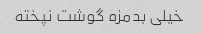
خیلی بدمزه گوشت نپخته